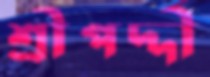
শ্রীপদ্দী